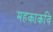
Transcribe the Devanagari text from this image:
महकाकवि